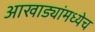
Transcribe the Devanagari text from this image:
आखाड्यांमध्येच